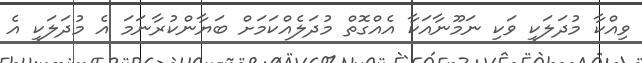
ވިއްކާ މުދަލަކީ ވަކި ނަމޫނާއަކާ އެއްގޮތް މުދަލެއްކަމަށް ބަޔާންކުރާނަމަ އެ މުދަލަކީ އެ